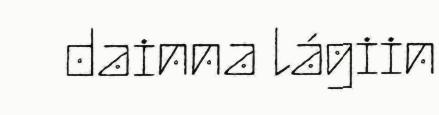
dainna lágiin